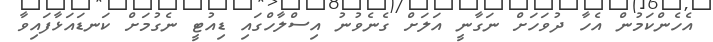
އެހެންކަމުން އެހާ ދުވަހަށް ނަގާނީ އަލަށް ގެނެވުނު އިސްލާހްގައި ޑިއުޓީ ނެގުމަށް ކަނޑައަޅާފައިވާ